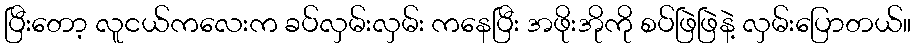
ပြီးတော့ လူငယ်ကလေးက ခပ်လှမ်းလှမ်း ကနေပြီး အဖိုးအိုကို စပ်ဖြဲဖြဲနဲ့ လှမ်းပြောတယ်။